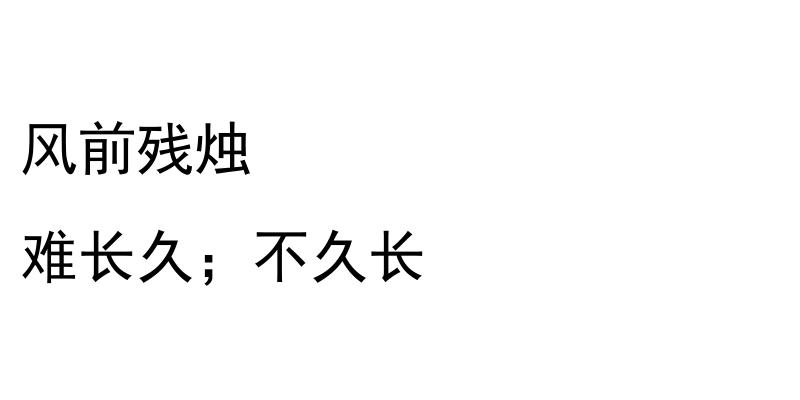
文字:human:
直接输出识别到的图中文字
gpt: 风前残烛 难长久；不久长